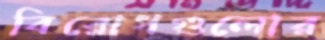
বিরোধগুলোর